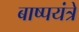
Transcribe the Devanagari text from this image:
बाष्पयंत्रे